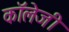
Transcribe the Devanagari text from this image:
कॉलेजी